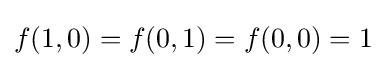
f(1,0)=f(0,1)=f(0,0)=1